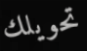
تحويلك